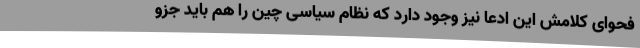
فحوای کلامش این ادعا نیز وجود دارد که نظام سیاسی چین را هم باید جزو